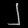
Digit: ၂